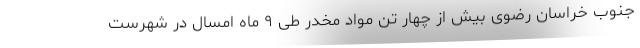
جنوب خراسان رضوی بیش از چهار تن مواد مخدر طی ۹ ماه امسال در شهرست